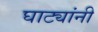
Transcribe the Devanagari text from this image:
घाट्यांनी